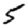
Digit: 5